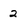
Character: 2